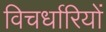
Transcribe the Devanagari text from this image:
विचर्धारियों